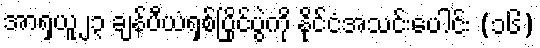
အာရှယူ၂၃ ချန်ပီယံရှစ်ပြိုင်ပွဲကို နိုင်ငံအသင်းပေါင်း (၁၆)